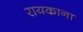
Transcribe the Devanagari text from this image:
रायकाना